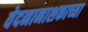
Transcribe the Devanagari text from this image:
वेदनानाशकाच्या